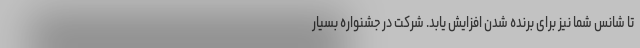
تا شانس شما نیز برای برنده شدن افزایش یابد. شرکت در جشنواره بسیار